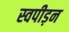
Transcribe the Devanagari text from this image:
स्वपीड़न